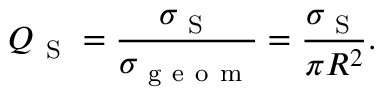
Q _ { \mathrm { ~ S ~ } } = \frac { \sigma _ { \mathrm { ~ S ~ } } } { \sigma _ { \mathrm { ~ g ~ e ~ o ~ m ~ } } } = \frac { \sigma _ { \mathrm { ~ S ~ } } } { \pi R ^ { 2 } } .